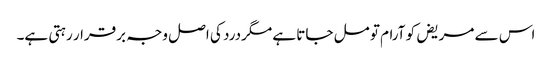
اس سے مریض کو آرام تو مل جاتا ہے مگردرد کی اصل وجہ برقرار رہتی ہے۔